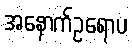
အနောက်ဥရောပ